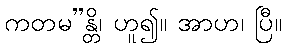
ကတမ”န္တိ၊ ဟူ၍။ အာဟ၊ ပြီ။